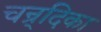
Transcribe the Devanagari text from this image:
चन्र्दिका